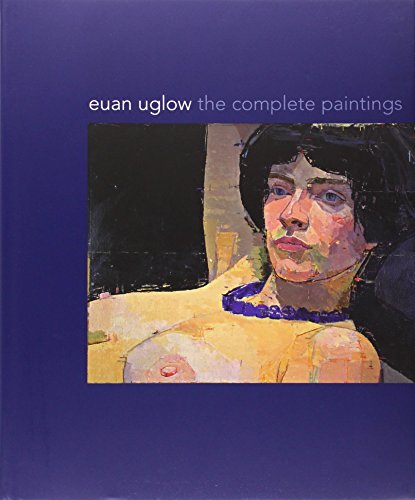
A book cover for Euan Uglow: The Complete Paintings; Catherine Lampert; Arts & Photography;